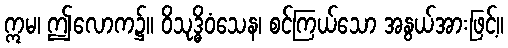
ဣမ၊ ဤလောက၌။ ဝိသုဒ္ဓိဝံသေန၊ စင်ကြယ်သော အနွယ်အားဖြင့်။